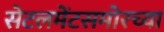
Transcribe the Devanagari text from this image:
सेटलमेंटसमोरच्या